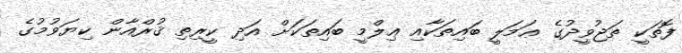
ފޮތަކީ ތަޖުވީދުގެ ޢަމަލީ ބައިތަކާއި ޢިލްމީ ބައިތަކަށް އަދި ކީރިތި ޤުރްއާން ކިޔަވުމުގެ